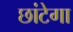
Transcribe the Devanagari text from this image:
छांटेगा